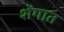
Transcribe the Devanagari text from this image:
शेंगात